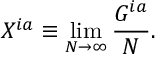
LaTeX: X ^ { i a } \equiv \operatorname * { l i m } _ { N \rightarrow \infty } { \frac { G ^ { i a } } { N } } .